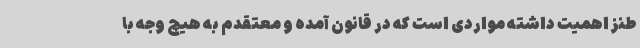
طنز اهمیت داشته مواردی است که در قانون آمده و معتقدم به هیچ وجه با